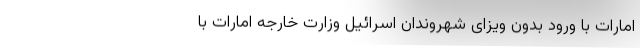
امارات با ورود بدون ویزای شهروندان اسرائیل وزارت خارجه امارات با